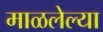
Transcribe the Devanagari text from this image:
माळलेल्या